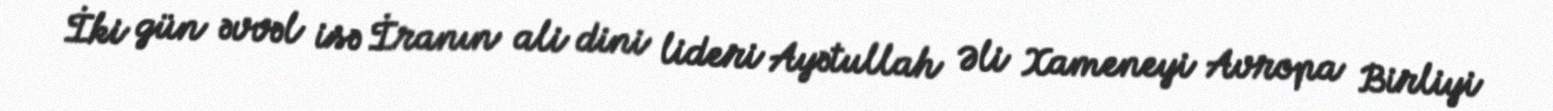
İki gün əvvəl isə İranın ali dini lideri Ayətullah Əli Xameneyi Avropa Birliyi